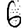
Digit: 6